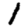
Digit: 1